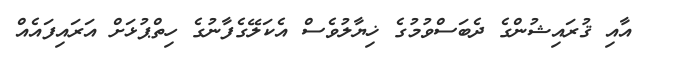
އާއި ޤުރައިޝުންގެ ދެބަސްވުމުގެ ޚިޔާލުވެސް އެކަލޭގެފާނުގެ ހިތްޕުޅަށް އަރައިފައެއް